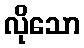
လိုသော